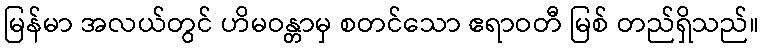
မြန်မာ အလယ်တွင် ဟိမဝန္တာမှ စတင်သော ဧရာဝတီ မြစ် တည်ရှိသည်။